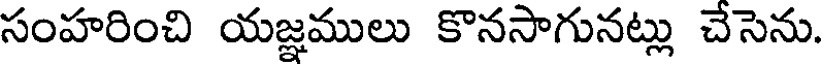
సంహరించి యజ్ఞములు కొనసాగునట్లు చేసెను.